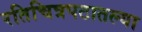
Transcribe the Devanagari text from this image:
रतिचित्रपटातल्या